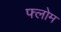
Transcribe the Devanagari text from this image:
फ्लोम